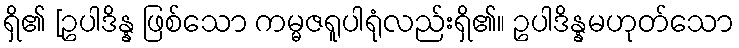
ရှိ၏ [ဥပါဒိန္န ဖြစ်သော ကမ္မဇရူပါရုံလည်းရှိ၏။ ဥပါဒိန္နမဟုတ်သော